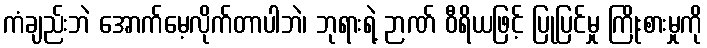
ကံချည်းဘဲ အောက်မေ့လိုက်တာပါဘဲ၊ ဘုရားရဲ့ ဉာဏ် ဝီရိယဖြင့် ပြုပြင်မှု ကြိုးစားမှုကို